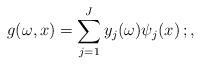
LaTeX: \begin{align*} g(\omega,x) = \sum_{j=1}^J y_j(\omega) \psi_j(x) \,;,\end{align*}